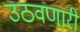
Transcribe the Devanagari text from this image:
उठवणारी